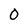
Character: 0